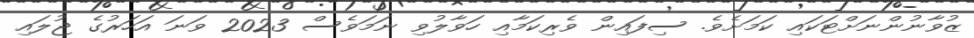
ޒުވާނުންނަށްޓަކައި ކަމަށެވެ. ސިފައިން ވެރިކަމާއި ހަވާލުވި ނަމަވެސް 2023 ވަނަ އަހަރުގެ ޖުލައި